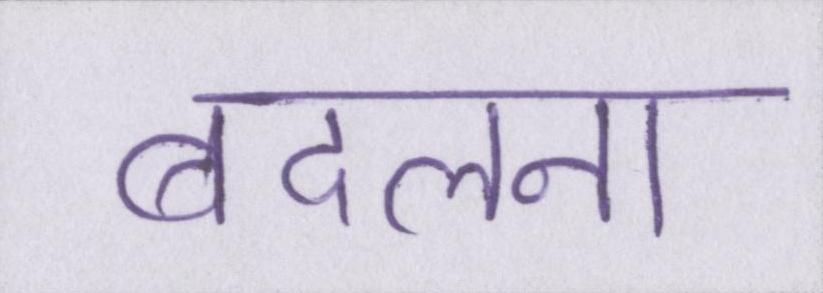
बदलना